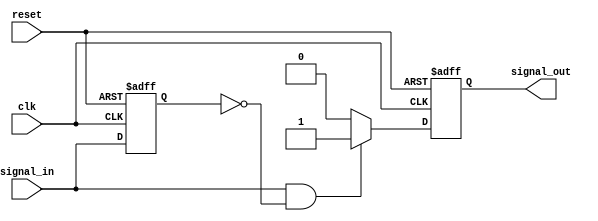
module edge_detector (
    input wire clk,          // Clock signal
    input wire reset,        // Reset signal
    input wire signal_in,    // Input signal to detect edges
    output reg signal_out     // Output signal indicating edge detection
);

    reg signal_in_prev;      // Memory element to store the previous state of signal_in

    // Always block triggered on the rising edge of the clock
    always @(posedge clk or posedge reset) begin
        if (reset) begin
            signal_in_prev <= 1'b0; // Initialize previous state to 0 on reset
            signal_out <= 1'b0;      // Initialize output to 0 on reset
        end else begin
            // Edge detection logic
            if (signal_in && !signal_in_prev) begin
                signal_out <= 1'b1;  // Rising edge detected, set output high
            end else begin
                signal_out <= 1'b0;   // No edge detected, set output low
            end
            
            // Update previous state
            signal_in_prev <= signal_in; 
        end
    end

endmodule